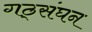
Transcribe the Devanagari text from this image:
गठ्संघन